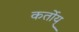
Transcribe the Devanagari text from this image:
कर्तोय्